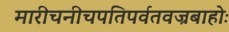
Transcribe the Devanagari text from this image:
मारीचनीचपतिपर्वतवज्रबाहोः